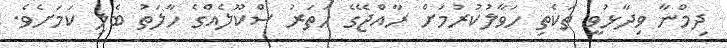
ދިމްނާ ވިދާޅުވީ ތަކެތި ހަވާލުކުރުމަށް ރާއްޖޭގެ ހަތަރު ސްކޫލެއްގެ ހާލަތު ބެލި ކަމަށެވެ.